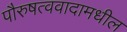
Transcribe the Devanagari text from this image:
पौरुषत्ववादामधील